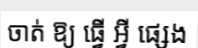
ចាត់ ឱ្យ ធ្វើ អ្វី ផ្សេង